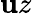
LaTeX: \mathbf{u}z